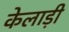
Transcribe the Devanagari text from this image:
केलाड़ी